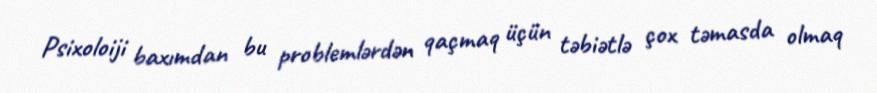
Psixoloiji baxımdan bu problemlərdən qaçmaq üçün təbiətlə çox təmasda olmaq